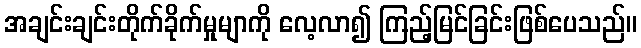
အချင်းချင်းတိုက်ခိုက်မှုမျာကို လေ့လာ၍ ကြည့်မြင်ခြင်းဖြစ်ပေသည်။